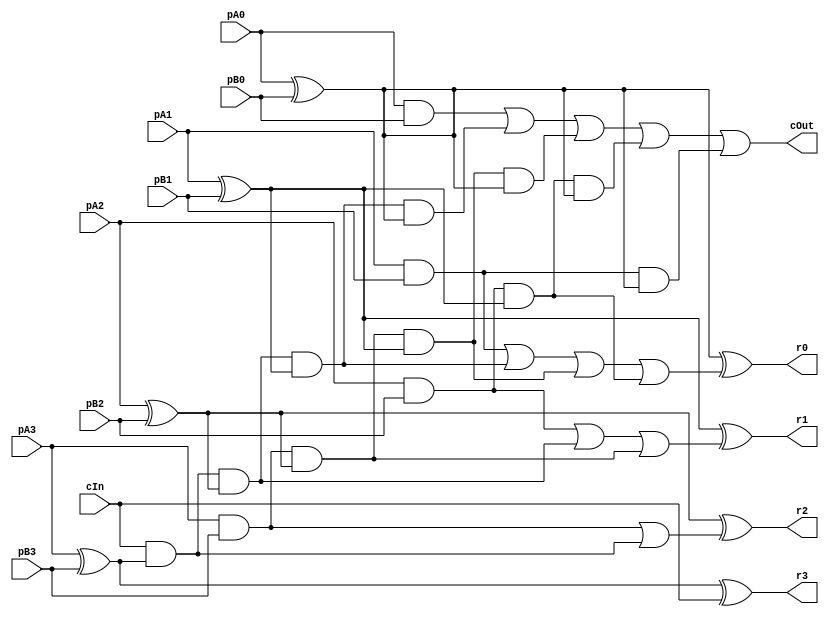
module CCarryLookahead_4_4_4_InOutT(pA3,pA2,pA1,pA0, pB3,pB2,pB1,pB0, r3,r2,r1,r0, cIn, cOut);

input pA3,pA2,pA1,pA0, pB3,pB2,pB1,pB0, cIn;
output r3,r2,r1,r0, cOut;
wire w1, w2, w3, w4, w5, w6, w7, w8, w9, w10, w11, w12, w13, w14, w15, w16, w17, w18, w19, w20, w21, w22, w23, w24, w25, w26, w27, w28, w29, w30, w31, w32, w33, w34, w35, w36, w37, r4294967295;

assign w1 = pA3;
assign w2 = pA2;
assign w3 = pA1;
assign w4 = pA0;
assign w5 = pB3;
assign w6 = pB2;
assign w7 = pB1;
assign w8 = pB0;
assign r3 = w9;
assign r2 = w10;
assign r1 = w11;
assign r0 = w12;
assign r4294967295 = w13;
assign w14 = cIn;
assign cOut = w13;

assign w16 = w1 ^ w5;
assign w20 = w1 & w5;
assign w17 = w2 ^ w6;
assign w21 = w2 & w6;
assign w18 = w3 ^ w7;
assign w22 = w3 & w7;
assign w19 = w4 ^ w8;
assign w23 = w4 & w8;
assign w28 = w14 & w16;
assign w29 = w14 & w16 & w17;
assign w30 = w20 & w17;
assign w31 = w14 & w16 & w17 & w18;
assign w32 = w20 & w17 & w18;
assign w33 = w21 & w18;
assign w34 = w14 & w16 & w17 & w18 & w19;
assign w35 = w20 & w17 & w18 & w19;
assign w36 = w21 & w18 & w19;
assign w37 = w22 & w19;
assign w24 = w20 | w28;
assign w25 = w21 | w29 | w30;
assign w26 = w22 | w31 | w32 | w33;
assign w27 = w23 | w34 | w35 | w36 | w37;
assign w9 = w16 ^ w14;
assign w10 = w17 ^ w24;
assign w11 = w18 ^ w25;
assign w12 = w19 ^ w26;
assign w13 = w27;

endmodule